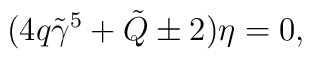
(4q\tilde\gamma^5+\tilde Q\pm2)\eta=0,